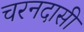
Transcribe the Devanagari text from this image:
चरनदासी